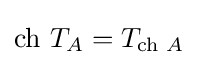
\operatorname {ch} \,T_{A}=T_{\operatorname {ch} \,A}